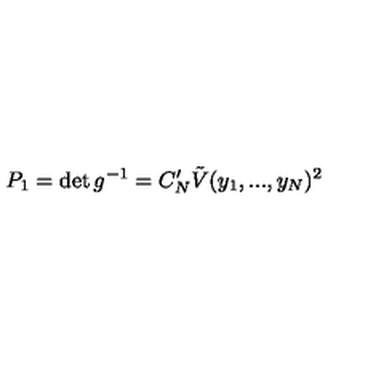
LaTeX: P _ { 1 } = \det g ^ { - 1 } = C _ { N } ^ { \prime } \tilde { V } ( y _ { 1 } , . . . , y _ { N } ) ^ { 2 }